Language: tamil
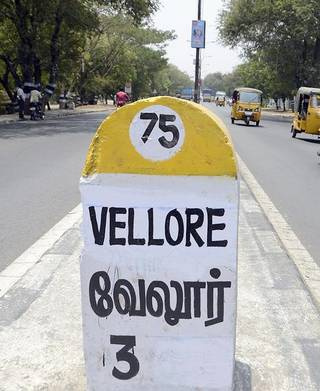
Transcription: வேலூர்